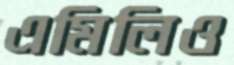
এমিলিও